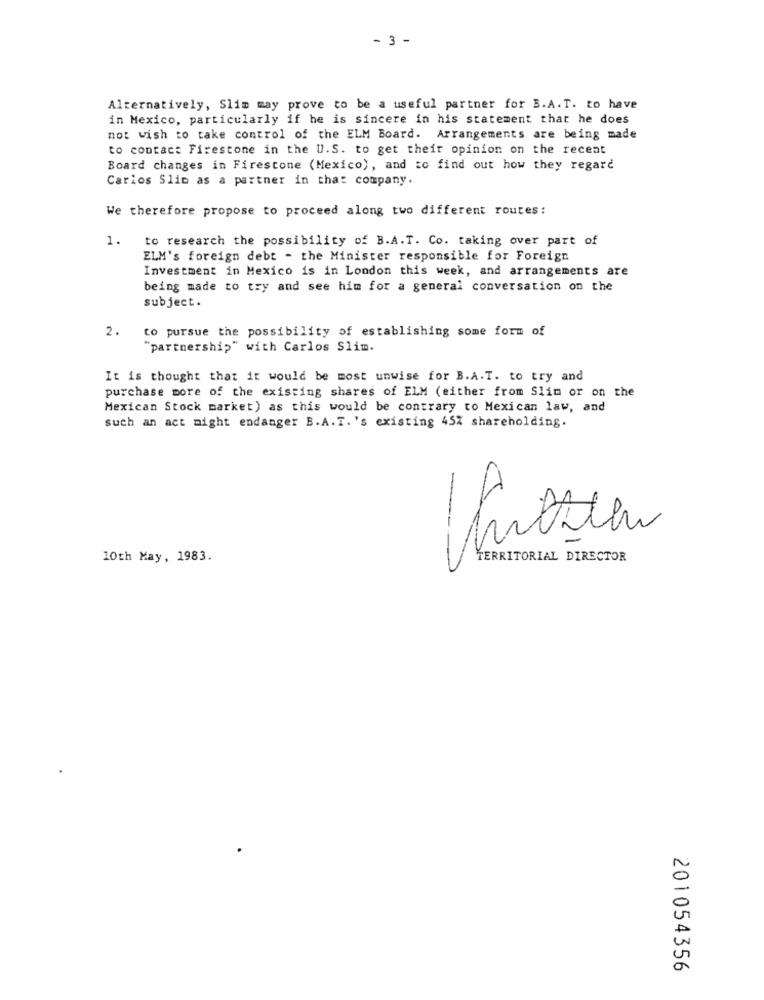
- 3 -
Alternatively, Slim may prove to be a useful partner for B.A.T. to have
in Mexico, particularly if he is sincere in his statement that he does
not wish to take control of the ELM Board. Arrangements are being made
to contact Firestone in the U.S. to get their opinion on the recent
Board changes in Firestone (Mexico), and to find out how they regard
Carlos Slim as a partner in tha: company.
We therefore propose to proceed along two different routes:
1.
to research the possibility of B.A.T. Co. taking over part of
ELM's foreign debt - the Minister responsible for Foreign
Investment in Mexico is in London this week, and arrangements are
being made to try and see him for a general conversation on the
subject.
2.
to pursue the possibility of establishing some form of
"partnership" with Carlos Slim.
It is thought that it would be most unwise for B.A.T. to try and
purchase more of the existing shares of ELM (either from Slim or on the
Mexican Stock market) as this would be contrary to Mexican law, and
such an act might endanger B.A.T.'s existing 45% shareholding.
10th May, 1983.
TERRITORIAL DIRECTOR
201054356